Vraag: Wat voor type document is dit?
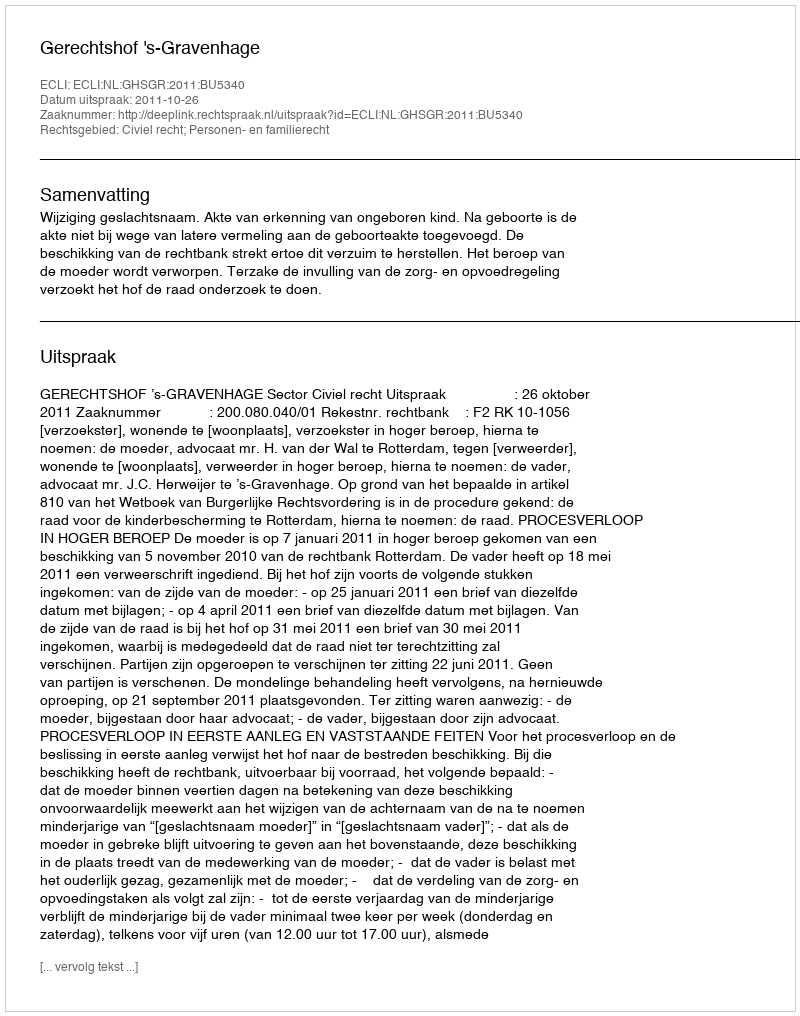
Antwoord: Uitspraak